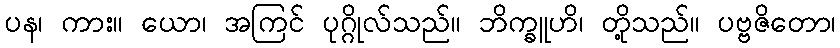
ပန၊ ကား။ ယော၊ အကြင် ပုဂ္ဂိုလ်သည်။ ဘိက္ခူဟိ၊ တို့သည်။ ပဗ္ဗဇိတော၊